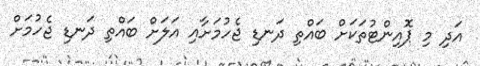
އަދި މި ޕޮއިންޓުތަކަށް ބައްތި ދަނޑި ޖެހުމަށާއި އަލަށް ބައްތި ދަނޑި ޖެހުމަށް